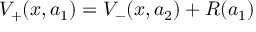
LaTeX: V _ { + } ( x , a _ { 1 } ) = V _ { - } ( x , a _ { 2 } ) + R ( a _ { 1 } )